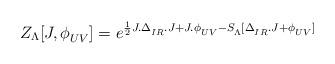
LaTeX: \begin{align*}Z_{\Lambda}[J,\phi^{\phantom{a}}_{UV}]=e^{\frac{1}{2}J.\Delta^{\phantom{a}}_{IR}.J + J.\phi^{\phantom{a}}_{UV}- S^{\phantom{1}}_{\Lambda}[\Delta^{\phantom{a}}_{IR}.J+\phi^{\phantom{a}}_{UV}]}\end{align*}